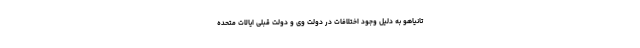
تانیاهو به دلیل وجود اختلافات در دولت وی و دولت قبلی ایالات متحده